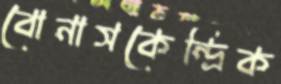
বোনাসকেন্দ্রিক